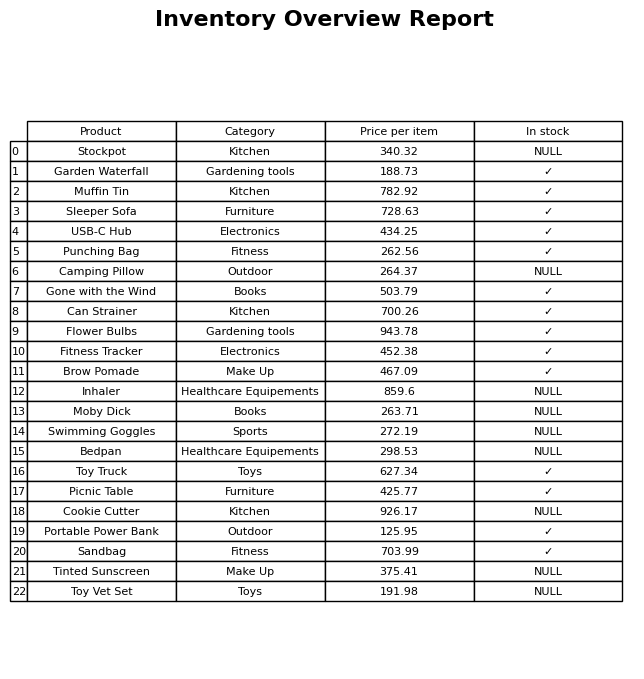
question: What is the price of the Brow Pomade?
answer: The price of Brow Pomade is 467.09.